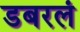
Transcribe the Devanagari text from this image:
डबरलं